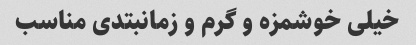
خیلی خوشمزه و گرم و زمانبتدی مناسب